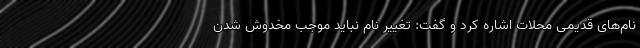
نام‌های قدیمی محلات اشاره کرد و گفت: تغییر نام نباید موجب مخدوش شدن